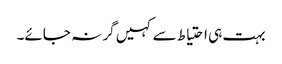
بہت ہی احتیاط سے کہیں گر نہ جائے۔